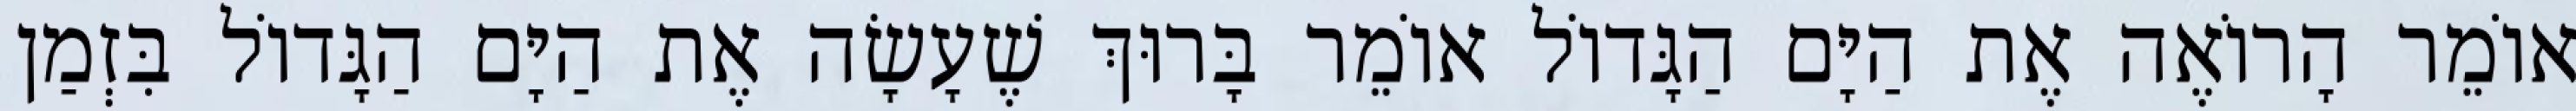
אוֹמֵר הָרוֹאֶה אֶת הַיָּם הַגָּדוֹל אוֹמֵר בָּרוּךְ שֶׁעָשָׂה אֶת הַיָּם הַגָּדוֹל בִּזְמַן